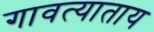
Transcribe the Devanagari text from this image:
गावत्याताय